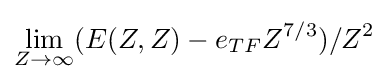
\lim _{Z\to \infty }(E(Z,Z)-e_{TF}Z^{7/3})/Z^{2}